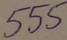
Text: 555